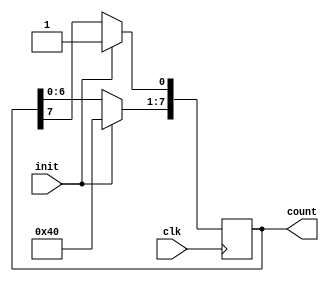
`define TRUE 1'b1
`define FALSE 1'b0

//Shift Register(Ring Counter)
module register (clk,init,count);
input clk,init;
output reg [7:0] count;

always @(posedge clk) begin
    if(init) count=8'b 10000001;
    else begin
        count<= count<<1;
        count[0] <=count[7];
    end
end
    
endmodule